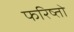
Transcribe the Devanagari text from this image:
फरिष्तो